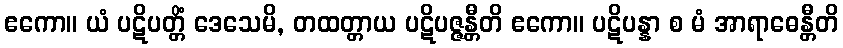
ဧကော။ ယံ ပဋိပတ္တိံ ဒေသေမိ, တထတ္တာယ ပဋိပဇ္ဇန္တီတိ ဧကော။ ပဋိပန္နာ စ မံ အာရာဓေန္တီတိ